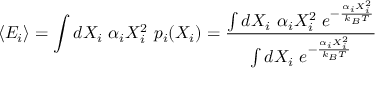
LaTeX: \langle E _ { i } \rangle = \int d X _ { i } \, \, \alpha _ { i } X _ { i } ^ { 2 } \, \, p _ { i } ( X _ { i } ) = { \frac { \int d X _ { i } \, \, \alpha _ { i } X _ { i } ^ { 2 } \, \, e ^ { - { \frac { \alpha _ { i } X _ { i } ^ { 2 } } { k _ { B } T } } } } { \int d X _ { i } \, \, e ^ { - { \frac { \alpha _ { i } X _ { i } ^ { 2 } } { k _ { B } T } } } } }